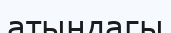
атындагы